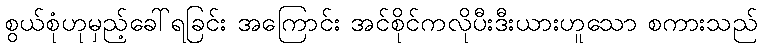
စွယ်စုံဟုမှည့်ခေါ်ရခြင်း အကြောင်း အင်စိုင်ကလိုပီးဒီးယားဟူသော စကားသည်